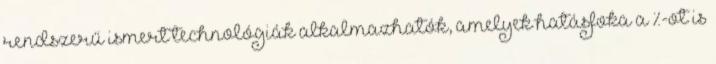
rendszerű ismert technológiák alkalmazhatók, amelyek hatásfoka a %-ot is